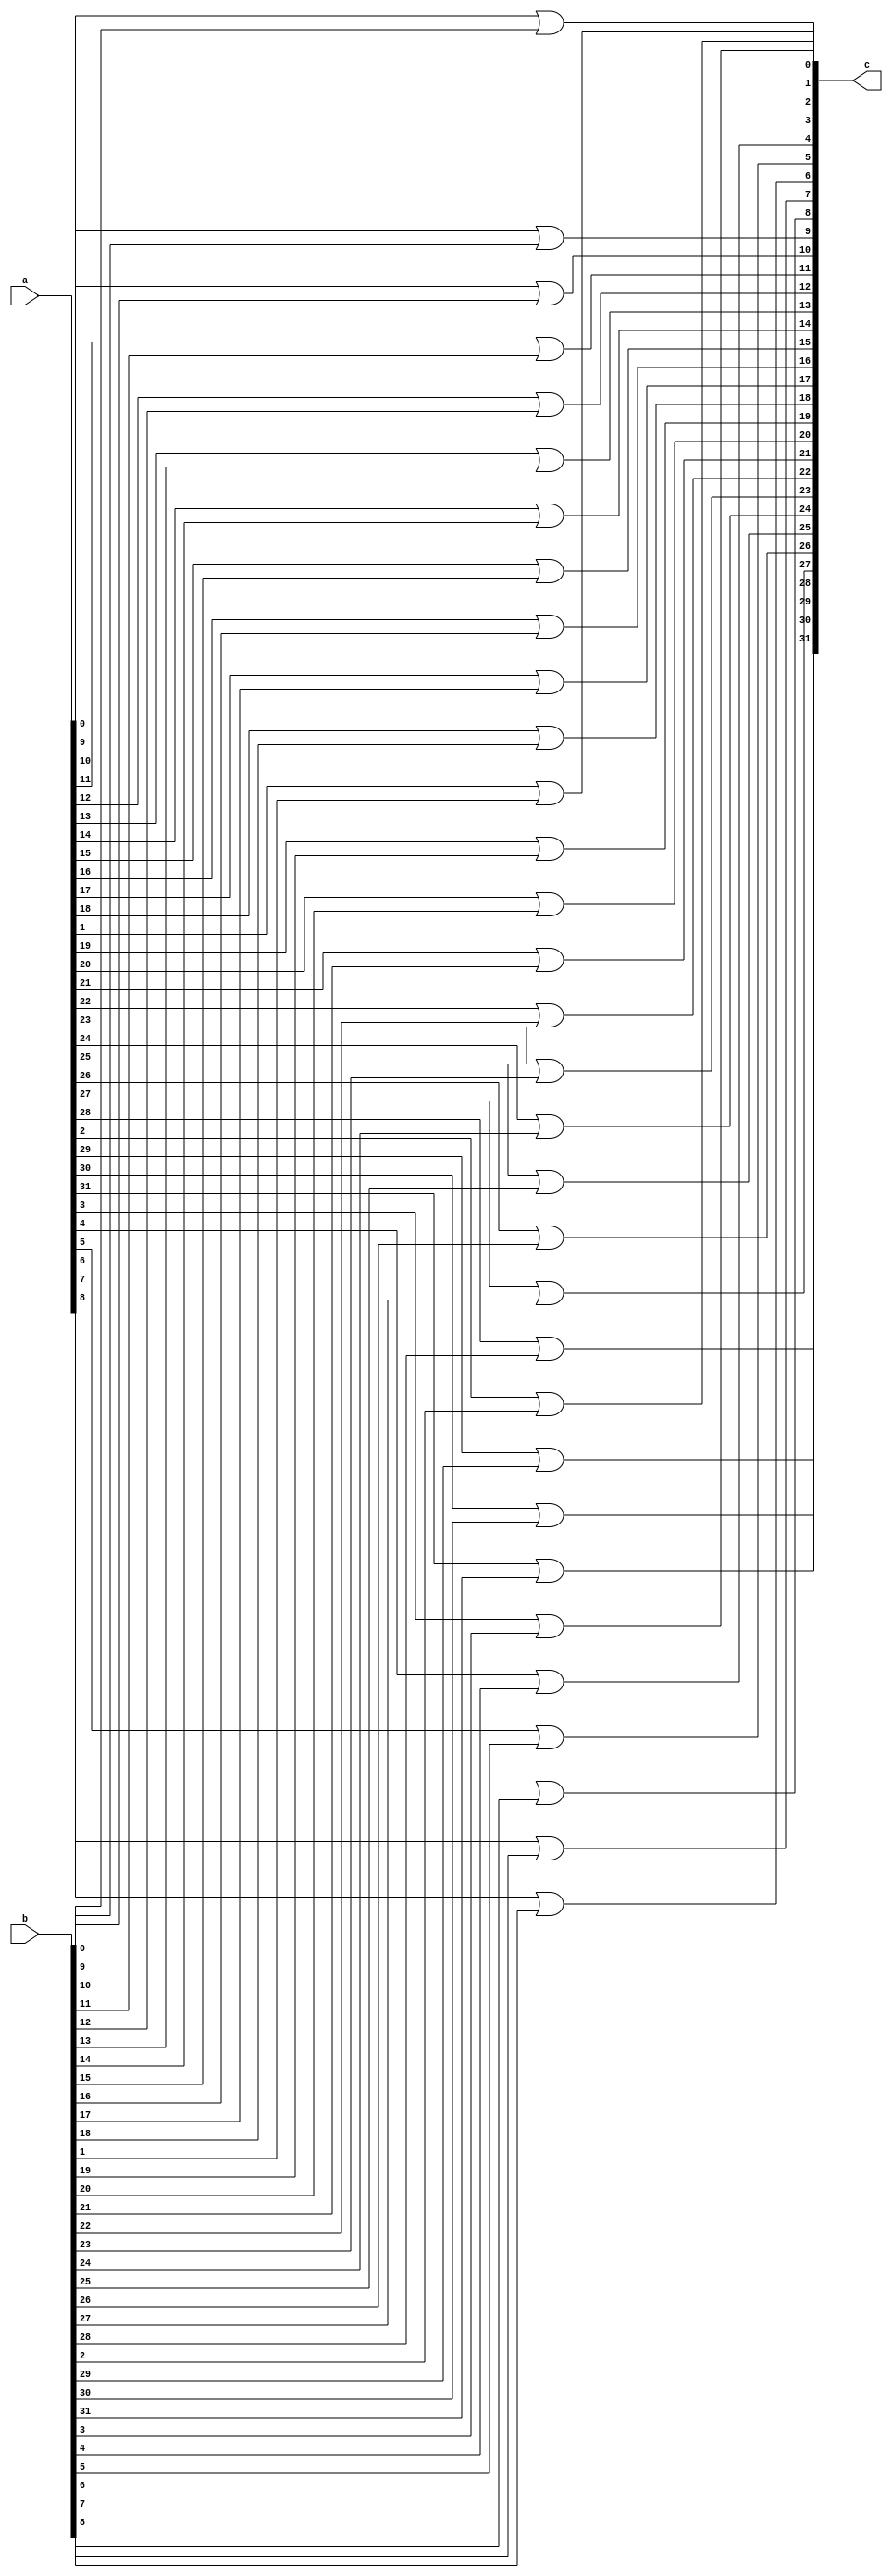
module OR(
    input [31:0]a,
    input [31:0]b,
    output [31:0]c
    );
    genvar i;
    generate for(i=0;i<32;i=i+1) begin
        or a1 (c[i],a[i],b[i]);
    end
    endgenerate
endmodule